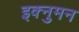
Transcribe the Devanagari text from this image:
इक्नुमन